Report on vaccination in Madras 1877-1894 - 1877-1894
Year: 1877
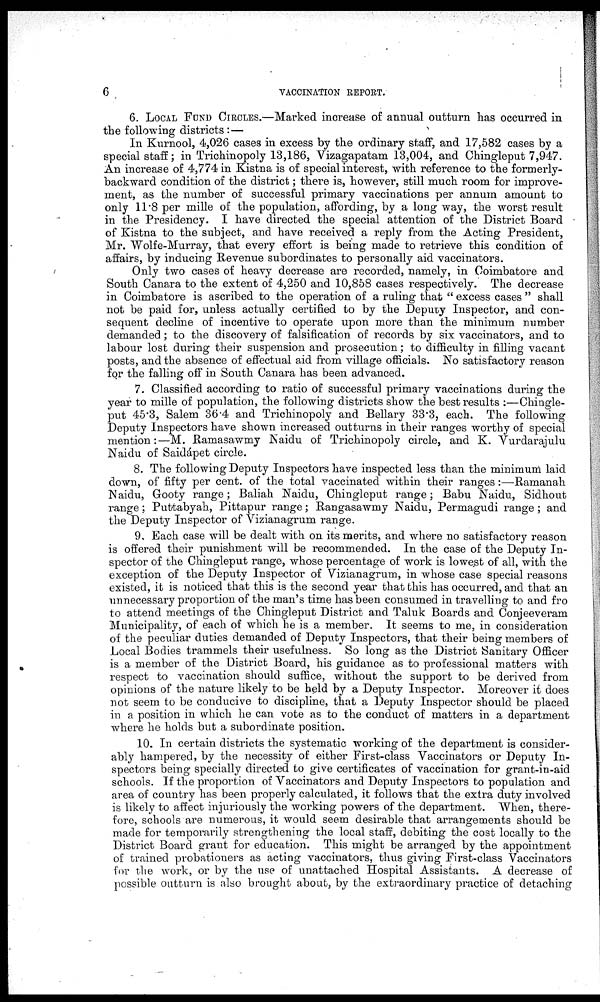
6
VACCINATION REPORT.
6. LOCAL FUND CIRCLES.—Marked increase of annual outturn has occurred in
the following districts:—
In Kurnool, 4,026 cases in excess by the ordinary staff, and 17,582 cases by a
special staff; in Trichinopoly 13,186, Vizagapatam 13,004, and Chingleput 7,947.
An increase of 4,774 in Kistna is of special interest, with reference to the formerly-
backward condition of the district; there is, however, still much room for improve-
ment, as the number of successful primary vaccinations per annum amount to
only 11.8 per mille of the population, affording, by a long way, the worst result
in the Presidency. I have directed the special attention of the District Board
of Kistna to the subject, and have received a reply from the Acting President,
Mr. Wolfe-Murray, that every effort is being made to retrieve this condition of
affairs, by inducing Revenue subordinates to personally aid vaccinators.
Only two cases of heavy decrease are recorded, namely, in Coimbatore and
South Canara to the extent of 4,250 and 10,858 cases respectively. The decrease
in Coimbatore is ascribed to the operation of a ruling that " excess cases " shall
not be paid for, unless actually certified to by the Deputy Inspector, and con-
sequent decline of incentive to operate upon more than the minimum number
demanded; to the discovery of falsification of records by six vaccinators, and to
labour lost during their suspension and prosecution; to difficulty in filling vacant
posts, and the absence of effectual aid from village officials. No satisfactory reason
for the falling off in South Canara has been advanced.
7. Classified according to ratio of successful primary vaccinations during the
year to mille of population, the following districts show the best results :—Chingle-
put 45.3, Salem 36.4 and Trichinopoly and Bellary 33.3, each. The following
Deputy Inspectors have shown increased outturns in their ranges worthy of special
mention:—M. Ramasawmy Naidu of Trichinopoly circle, and K. Vurdarajulu
Naidu of Saidápet circle.
8. The following Deputy Inspectors have inspected less than the minimum laid
down, of fifty per cent. of the total vaccinated within their ranges:—Ramanah
Naidu, Gooty range; Baliah Naidu, Chingleput range; Babu Naidu, Sidhout
range; Puttabyah, Pittapur range; Rangasawmy Naidu, Permagudi range; and
the Deputy Inspector of Vizianagrum range.
9. Each case will be dealt with on its merits, and where no satisfactory reason
is offered their punishment will be recommended. In the case of the Deputy In-
spector of the Chingleput range, whose percentage of work is lowest of all, with the
exception of the Deputy Inspector of Vizianagrum, in whose case special reasons
existed, it is noticed that this is the second year that this has occurred, and that an
unnecessary proportion of the man's time has been consumed in travelling to and fro
to attend meetings of the Chingleput District and Taluk Boards and Conjeeveram
Municipality, of each of which he is a member. It seems to me, in consideration
of the peculiar duties demanded of Deputy Inspectors, that their being members of
Local Bodies trammels their usefulness. So long as the District Sanitary Officer
is a member of the District Board, his guidance as to professional matters with
respect to vaccination should suffice, without the support to be derived from
opinions of the nature likely to be held by a Deputy Inspector. Moreover it does
not seem to be conducive to discipline, that a Deputy Inspector should be placed
in a position in which he can vote as to the conduct of matters in a department
where he holds but a subordinate position.
10. In certain districts the systematic working of the department is consider-
ably hampered, by the necessity of either First-class Vaccinators or Deputy In-
spectors being specially directed to give certificates of vaccination for grant-in-aid
schools. If the proportion of Vaccinators and Deputy Inspectors to population and
area of country has been properly calculated, it follows that the extra duty involved
is likely to affect injuriously the working powers of the department. When, there-
fore, schools are numerous, it would seem desirable that arrangements should be
made for temporarily strengthening the local staff, debiting the cost locally to the
District Board grant for education. This might be arranged by the appointment
of trained probationers as acting vaccinators, thus giving First-class Vaccinators
for the work, or by the use of unattached Hospital Assistants. A decrease of
possible outturn is also brought about, by the extraordinary practice of detaching